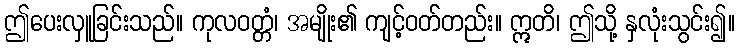
ဤပေးလှူခြင်းသည်။ ကုလဝတ္တံ၊ အမျိုး၏ ကျင့်ဝတ်တည်း။ ဣတိ၊ ဤသို့ နှလုံးသွင်း၍။